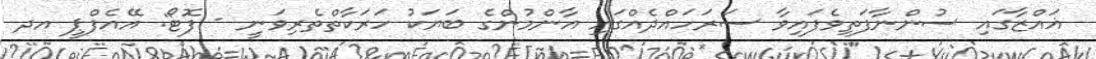
ޣައްޒާގައި ސުންނާފަތިވެފައިވާ ސަރަހައްދެއްގައި އާންމުންގެ ބަޔަކު ހަރަކާތްތެރިވަނީ - ފޮޓޯ: އޭއެފްޕީ އދ